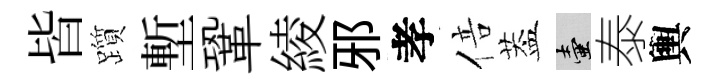
皆躓塹鞏綾邪孝倍葢壺泰輿